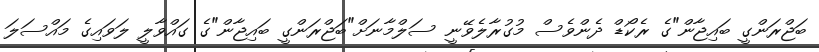
ބަޖްރަންގީ ބައިޖާން"ގެ ރެކޯޑް ދެންވެސް މުގުރާލެވޭނީ ސަލްމާނަށް"ބަޖްރަންގީ ބައިޖާން"ގެ ގައްވާލީ ލަވައިގެ މައްސަލަ